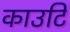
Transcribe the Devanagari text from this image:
काउटि